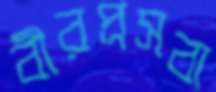
বীরপ্রসবা